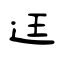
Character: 迋